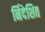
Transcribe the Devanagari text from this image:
र्निदेशित